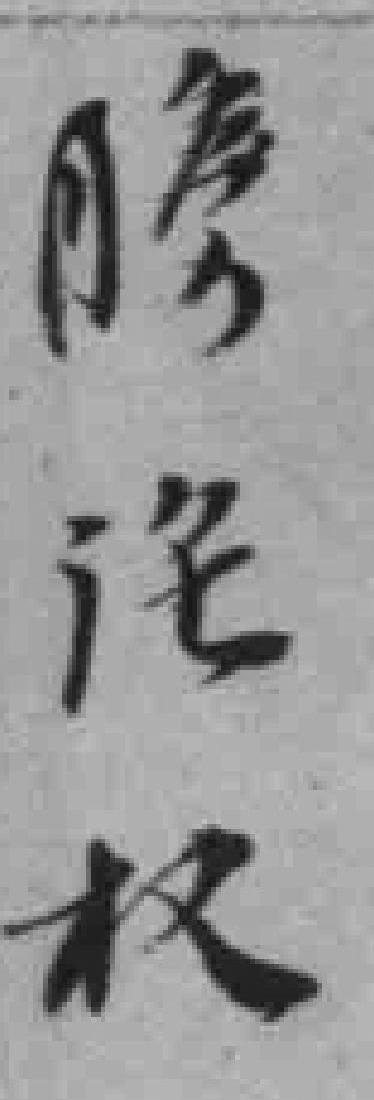
勝*权